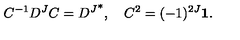
C ^ { - 1 } D ^ { J } C = { D ^ { J } } ^ { * } , \quad C ^ { 2 } = ( - 1 ) ^ { 2 J } { \bf 1 } .